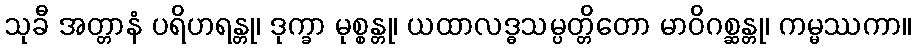
သုခီ အတ္တာနံ ပရိဟရန္တု၊ ဒုက္ခာ မုစ္စန္တု၊ ယထာလဒ္ဓသမ္ပတ္တိတော မာဝိဂစ္ဆန္တု၊ ကမ္မဿကာ။